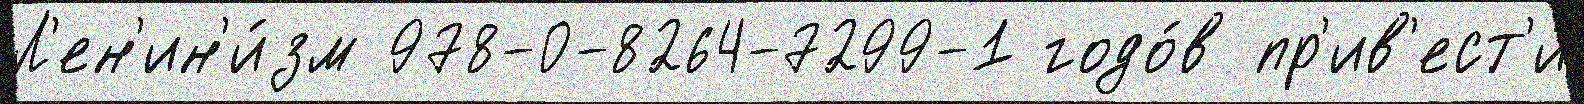
Л'ен'ин'и́зм 978-0-8264-7299-1 годо́в пр'ив'ест'и́